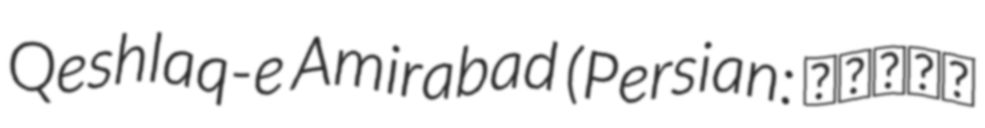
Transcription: Qeshlaq-e Amirabad (Persian: قشلاق